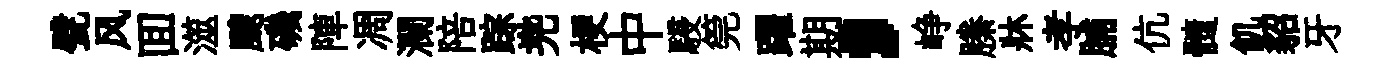
甓风囬澨颼磯陣凋瀾陪踪兠梗中駸筦躍期，峥縢牀孝脯伉髓飢貂牙